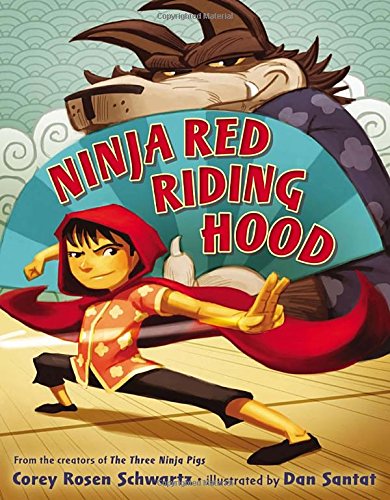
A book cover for Ninja Red Riding Hood; Corey Rosen Schwartz; Children's Books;